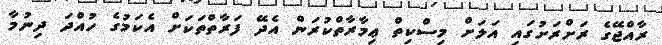
ރާއްޖޭގެ ރަށްރަށުގައި އަލަށް މިސްކިތް ޢިމާރާތްކުރަން އެދޭ ފަރާތްތަކަށް އެކަމުގެ ހުއްދަ ދިނުމާ